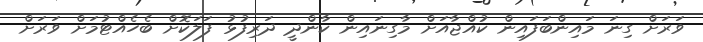
ވަރަށް ގިނަ މައިންބަފައިން ކުއްޖާއަށް މާގިނައިން ކާންދީ ދަރިފުޅު ފަލަކޮށް ބެހެއްޓުމަށް ވަރަށް